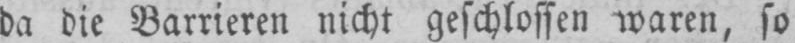
da die Barrieren nicht geschlossen waren, so